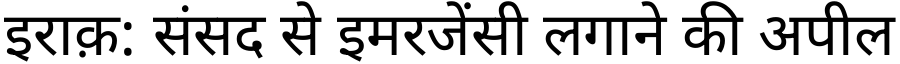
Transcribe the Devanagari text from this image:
इराक़: संसद से इमरजेंसी लगाने की अपील